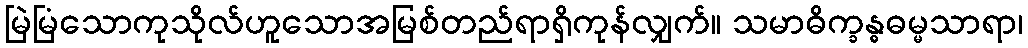
မြဲမြံသောကုသိုလ်ဟူသောအမြစ်တည်ရာရှိကုန်လျှက်။ သမာဓိက္ခန္ဓဓမ္မသာရာ၊